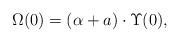
LaTeX: \begin{align*}\Omega(0)=(\alpha+a)\cdot\Upsilon(0),\end{align*}